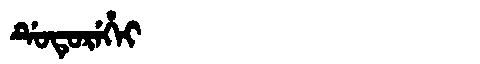
Manchu: ᡩᡠᡨᡠᡵᡝᡥᡝᡳ
Romanization: DUTUREHEI